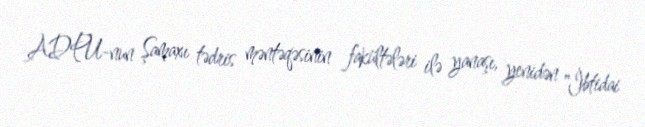
ADPU-nun Şamaxı tədris məntəqəsinin fakültələri ilə yanaşı, yenidən "İbtidai